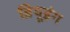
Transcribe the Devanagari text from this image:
ब्रियूइंग